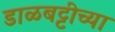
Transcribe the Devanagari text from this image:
डाळबट्टीच्या